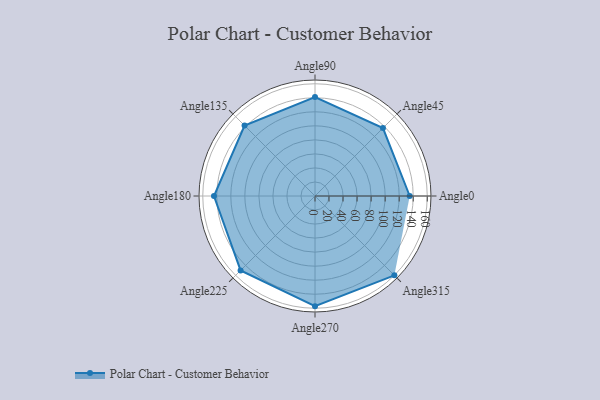
{"axis": {"x": "Angle", "y": "Radius"}, "legend": [""], "data": [{"x": "Angle0", "y": 135.0, "type": ""}, {"x": "Angle45", "y": 137.0, "type": ""}, {"x": "Angle90", "y": 141.0, "type": ""}, {"x": "Angle135", "y": 142.0, "type": ""}, {"x": "Angle180", "y": 144.0, "type": ""}, {"x": "Angle225", "y": 150.0, "type": ""}, {"x": "Angle270", "y": 157.0, "type": ""}, {"x": "Angle315", "y": 160.0, "type": ""}]}